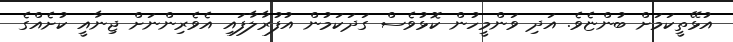
އުޅޭތީކަމަށް ބުންޏެވެ. އަދި ވަންމީހުން ކޮޅުވެސް ގަދަަކަމުން އުފުރާލާފައި އެވެރިންނަށް ޖިނާއީ ކުށެއްގެ